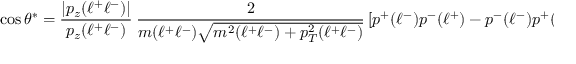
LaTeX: \cos \theta ^ { * } = { \frac { | p _ { z } ( \ell ^ { + } \ell ^ { - } ) | } { p _ { z } ( \ell ^ { + } \ell ^ { - } ) } } ~ { \frac { 2 } { m ( \ell ^ { + } \ell ^ { - } ) \sqrt { m ^ { 2 } ( \ell ^ { + } \ell ^ { - } ) + p _ { T } ^ { 2 } ( \ell ^ { + } \ell ^ { - } ) } } } \left[ p ^ { + } ( \ell ^ { - } ) p ^ { - } ( \ell ^ { + } ) - p ^ { - } ( \ell ^ { - } ) p ^ { + } ( \ell ^ { + } ) \right] .